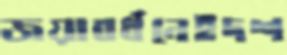
জয়াবর্ধনেইদশ